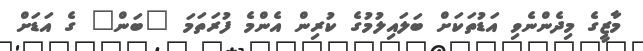
މާޒީގެ މިދެންނެވި އަޑުތަކަށް ބަލައިލުމުގެ ކުރިން އެންމެ ފުރަތަމަ "ބަން" ގެ އަޑަށް